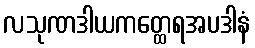
လသုဏဒါယကတ္ထေရအပဒါနံ